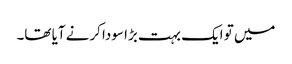
میں تو ایک بہت بڑا سودا کرنے آیا تھا۔